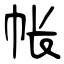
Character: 帐